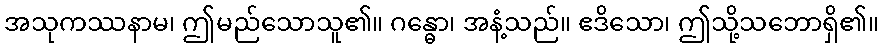
အသုကဿနာမ၊ ဤမည်သောသူ၏။ ဂန္ဓော၊ အနံ့သည်။ ဧဒိသော၊ ဤသို့သဘောရှိ၏။